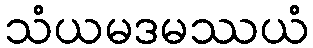
သံယမဒမဿယံ